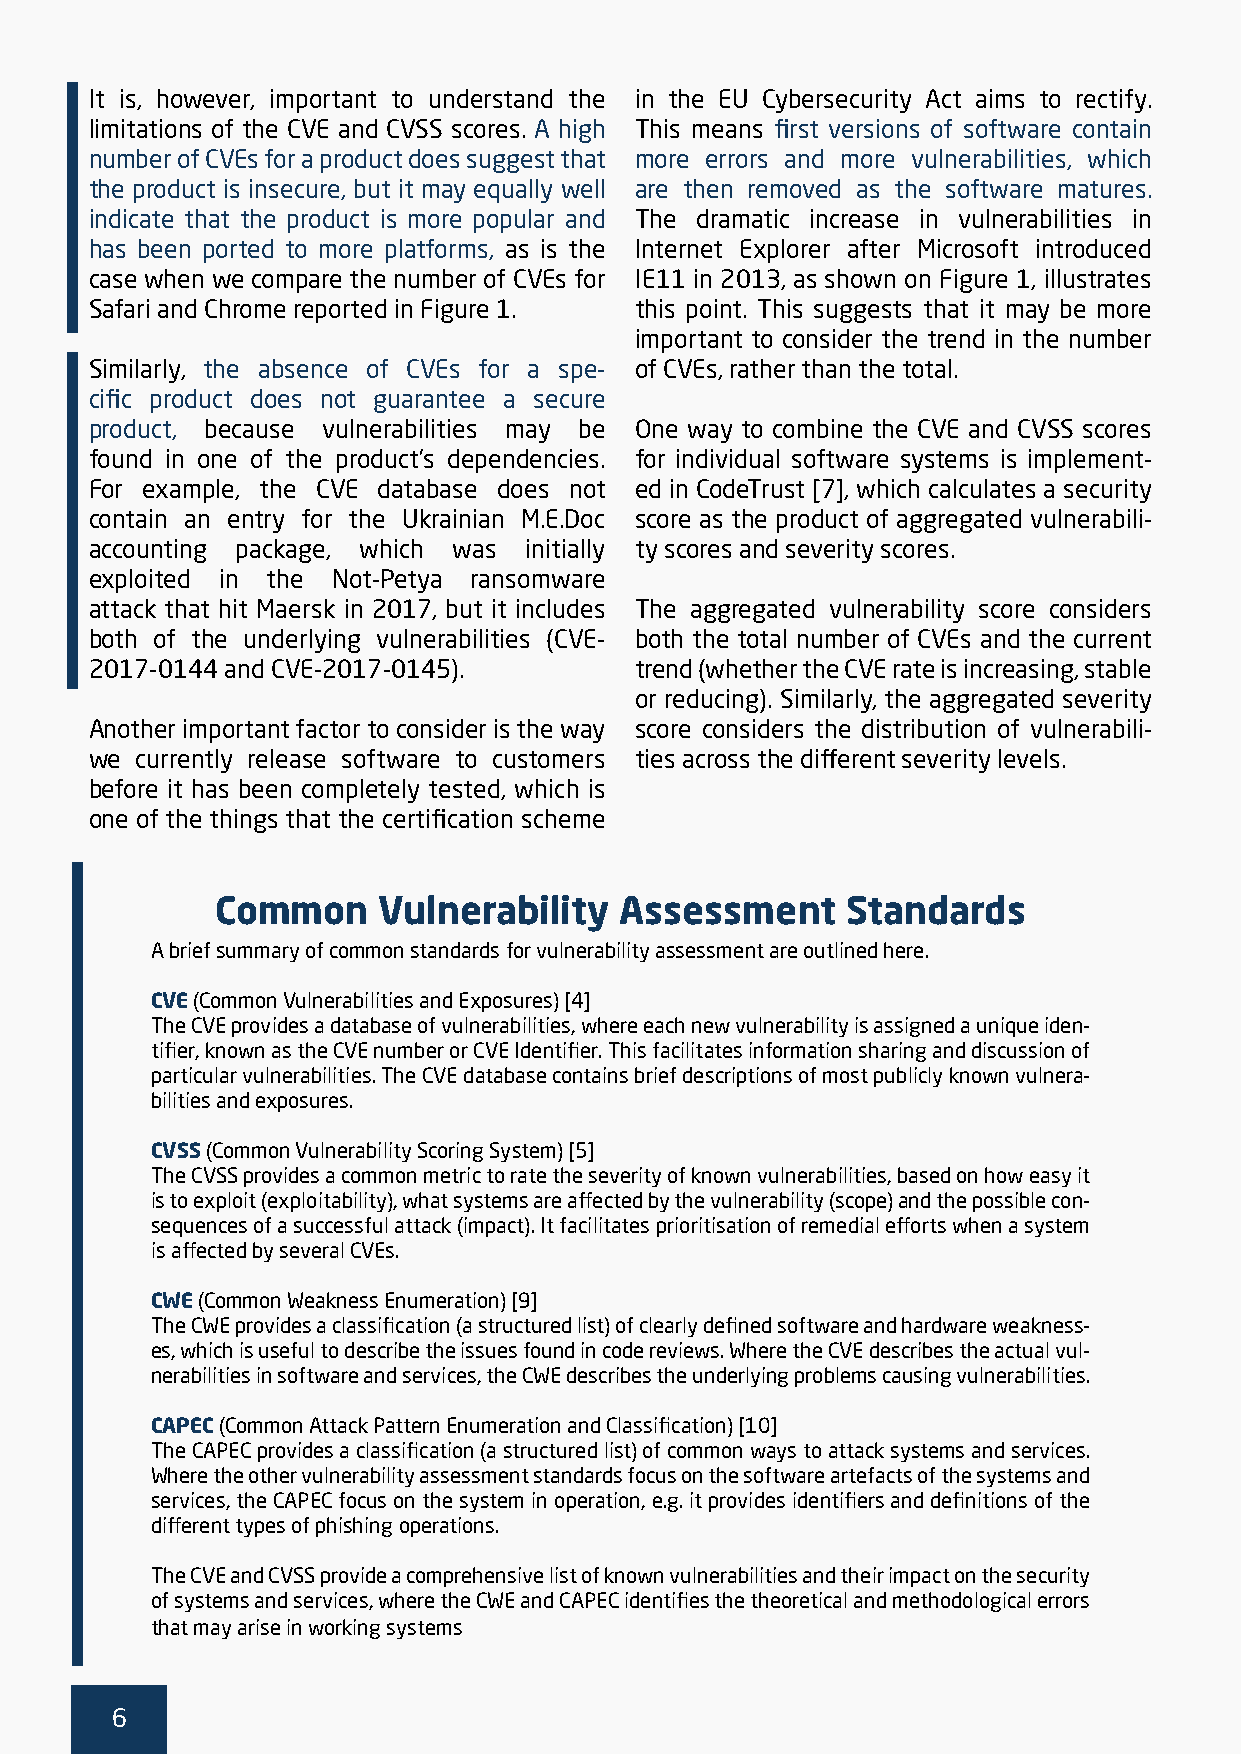
It is, however, important to understand the in the EU Cybersecurity Act aims to rectify.
 limitations of the CVE and CVSS scores. A high This means first versions of software contain
 number of CVEs for a product does suggest that more errors and more vulnerabilities, which
 the product is insecure, but it may equally well are then removed as the software matures.
 indicate that the product is more popular and The dramatic increase in vulnerabilities in
 has been ported to more platforms, as is the Internet Explorer after Microsoft introduced
 case when we compare the number of CVEs for IE11 in 2013, as shown on Figure 1, illustrates
 Safari and Chrome reported in Figure 1. this point. This suggests that it may be more
 important to consider the trend in the number
 Similarly, the absence of CVEs for a spe- of CVEs, rather than the total.
 cific product does not guarantee a secure
 product, because vulnerabilities may be One way to combine the CVE and CVSS scores
 found in one of the product’s dependencies. for individual software systems is implement-
 For example, the CVE database does not ed in CodeTrust [7], which calculates a security
 contain an entry for the Ukrainian M.E.Doc score as the product of aggregated vulnerabili-
 accounting package, which was initially ty scores and severity scores.
 exploited in the Not-Petya ransomware
 attack that hit Maersk in 2017, but it includes The aggregated vulnerability score considers
 both of the underlying vulnerabilities (CVE- both the total number of CVEs and the current
 2017-0144 and CVE-2017-0145).       trend (whether the CVE rate is increasing, stable
 or reducing). Similarly, the aggregated severity
 Another important factor to consider is the way score considers the distribution of vulnerabili-
 we currently release software to customers ties across the different severity levels.
 before it has been completely tested, which is
 one of the things that the certification scheme
 Common     Vulnerability   Assessment     Standards
 A brief summary of common standards for vulnerability assessment are outlined here.
 CVE (Common Vulnerabilities and Exposures) [4]
 The CVE provides a database of vulnerabilities, where each new vulnerability is assigned a unique iden-
 tifier, known as the CVE number or CVE Identifier. This facilitates information sharing and discussion of
 particular vulnerabilities. The CVE database contains brief descriptions of most publicly known vulnera-
 bilities and exposures.
 CVSS (Common Vulnerability Scoring System) [5]
 The CVSS provides a common metric to rate the severity of known vulnerabilities, based on how easy it
 is to exploit (exploitability), what systems are affected by the vulnerability (scope) and the possible con-
 sequences of a successful attack (impact). It facilitates prioritisation of remedial efforts when a system
 is affected by several CVEs.
 CWE (Common Weakness Enumeration) [9]
 The CWE provides a classification (a structured list) of clearly defined software and hardware weakness-
 es, which is useful to describe the issues found in code reviews. Where the CVE describes the actual vul-
 nerabilities in software and services, the CWE describes the underlying problems causing vulnerabilities.
 CAPEC (Common Attack Pattern Enumeration and Classification) [10]
 The CAPEC provides a classification (a structured list) of common ways to attack systems and services.
 Where the other vulnerability assessment standards focus on the software artefacts of the systems and
 services, the CAPEC focus on the system in operation, e.g. it provides identifiers and definitions of the
 different types of phishing operations.
 The CVE and CVSS provide a comprehensive list of known vulnerabilities and their impact on the security
 of systems and services, where the CWE and CAPEC identifies the theoretical and methodological errors
 that may arise in working systems
 6